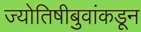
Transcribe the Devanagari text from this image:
ज्योतिषीबुवांकडून